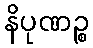
နိပုဏဉ္စ